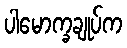
ပါမောက္ခချုပ်က